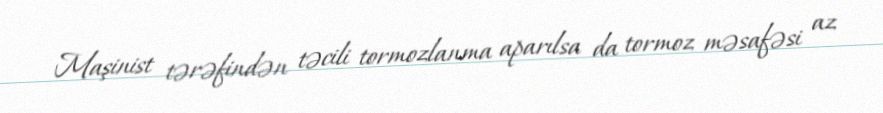
Maşinist tərəfindən təcili tormozlanma aparılsa da tormoz məsafəsi az